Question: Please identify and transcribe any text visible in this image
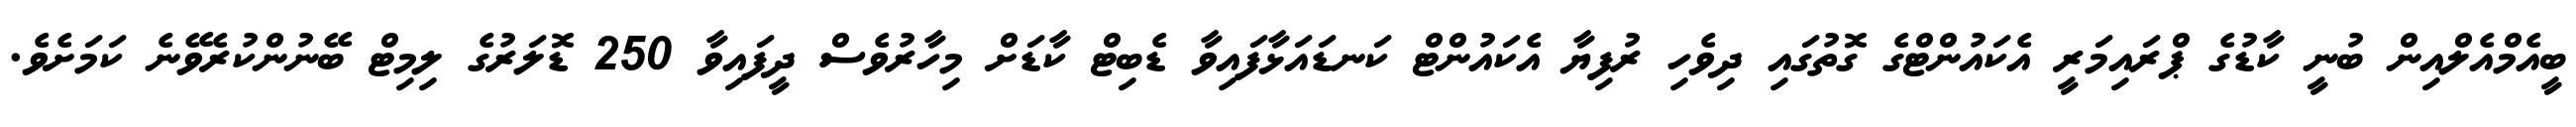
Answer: ބީއެމްއެލްއިން ބުނީ ކާޑުގެ ޕްރައިމަރީ އެކައުންޓްގެ ގޮތުގައި ދިވެހި ރުފިޔާ އެކައުންޓް ކަނޑައަޅާފައިވާ ޑެބިޓް ކާޑަށް މިހާރުވެސް ދީފައިވާ 250 ޑޮލަރުގެ ލިމިޓް ބޭނުންކުރެވޭނެ ކަމަށެވެ.